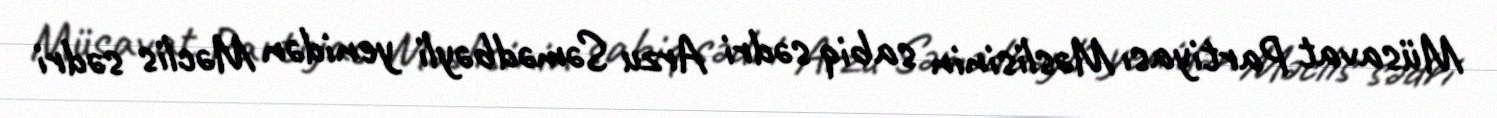
Müsavat Partiyası Məslisinin sabiq sədri Arzu Səmədbəyli yenidən Məclis sədri